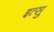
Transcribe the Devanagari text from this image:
इत्सु